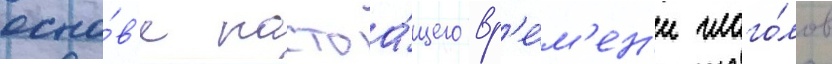
осно́в'е настоа́щего вр'е́м'ен'и глаго́лов